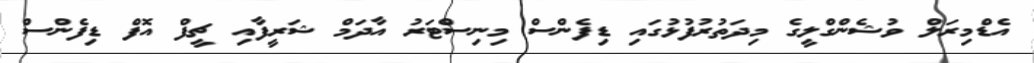
އެޑްމިރަލް ވުޝެންގްލީގެ މިދަތުރުފުޅުގައި ޑިފެންސް މިނިސްޓަރު އާދަމް ޝަރީފާއި ޗީފް އޮފް ޑިފެންސް